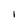
Character: I